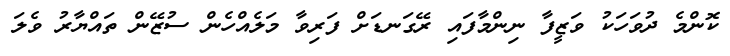
ކޮންމެ ދުވަހަކު ވަޒީފާ ނިންމާފައި ރޭގަނޑަށް ފަރިވާ މަލެއްހެން ސުޒޭން ތައްޔާރު ވެލަ